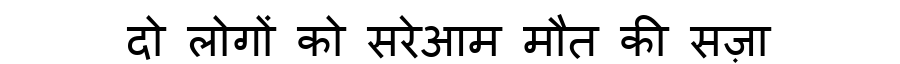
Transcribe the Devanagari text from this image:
दो लोगों को सरेआम मौत की सज़ा